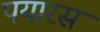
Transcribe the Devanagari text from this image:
पयारस